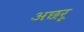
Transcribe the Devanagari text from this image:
अछरू